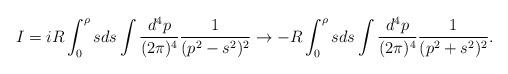
LaTeX: \begin{align*}I= i R \int^{\rho}_{0}sds \int \frac{d^{4}p}{(2\pi)^{4}} \frac{1}{(p^{2}-s^{2})^{2}} \rightarrow - R \int^{\rho}_{0}sds \int \frac{d^{4}p}{(2\pi)^{4}} \frac{1}{(p^{2}+s^{2})^{2}}.\end{align*}